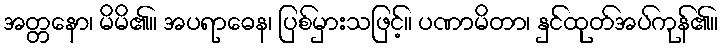
အတ္တနော၊ မိမိ၏။ အပရာဓေန၊ ပြစ်မှားသဖြင့်။ ပဏာမိတာ၊ နှင်ထုတ်အပ်ကုန်၏။